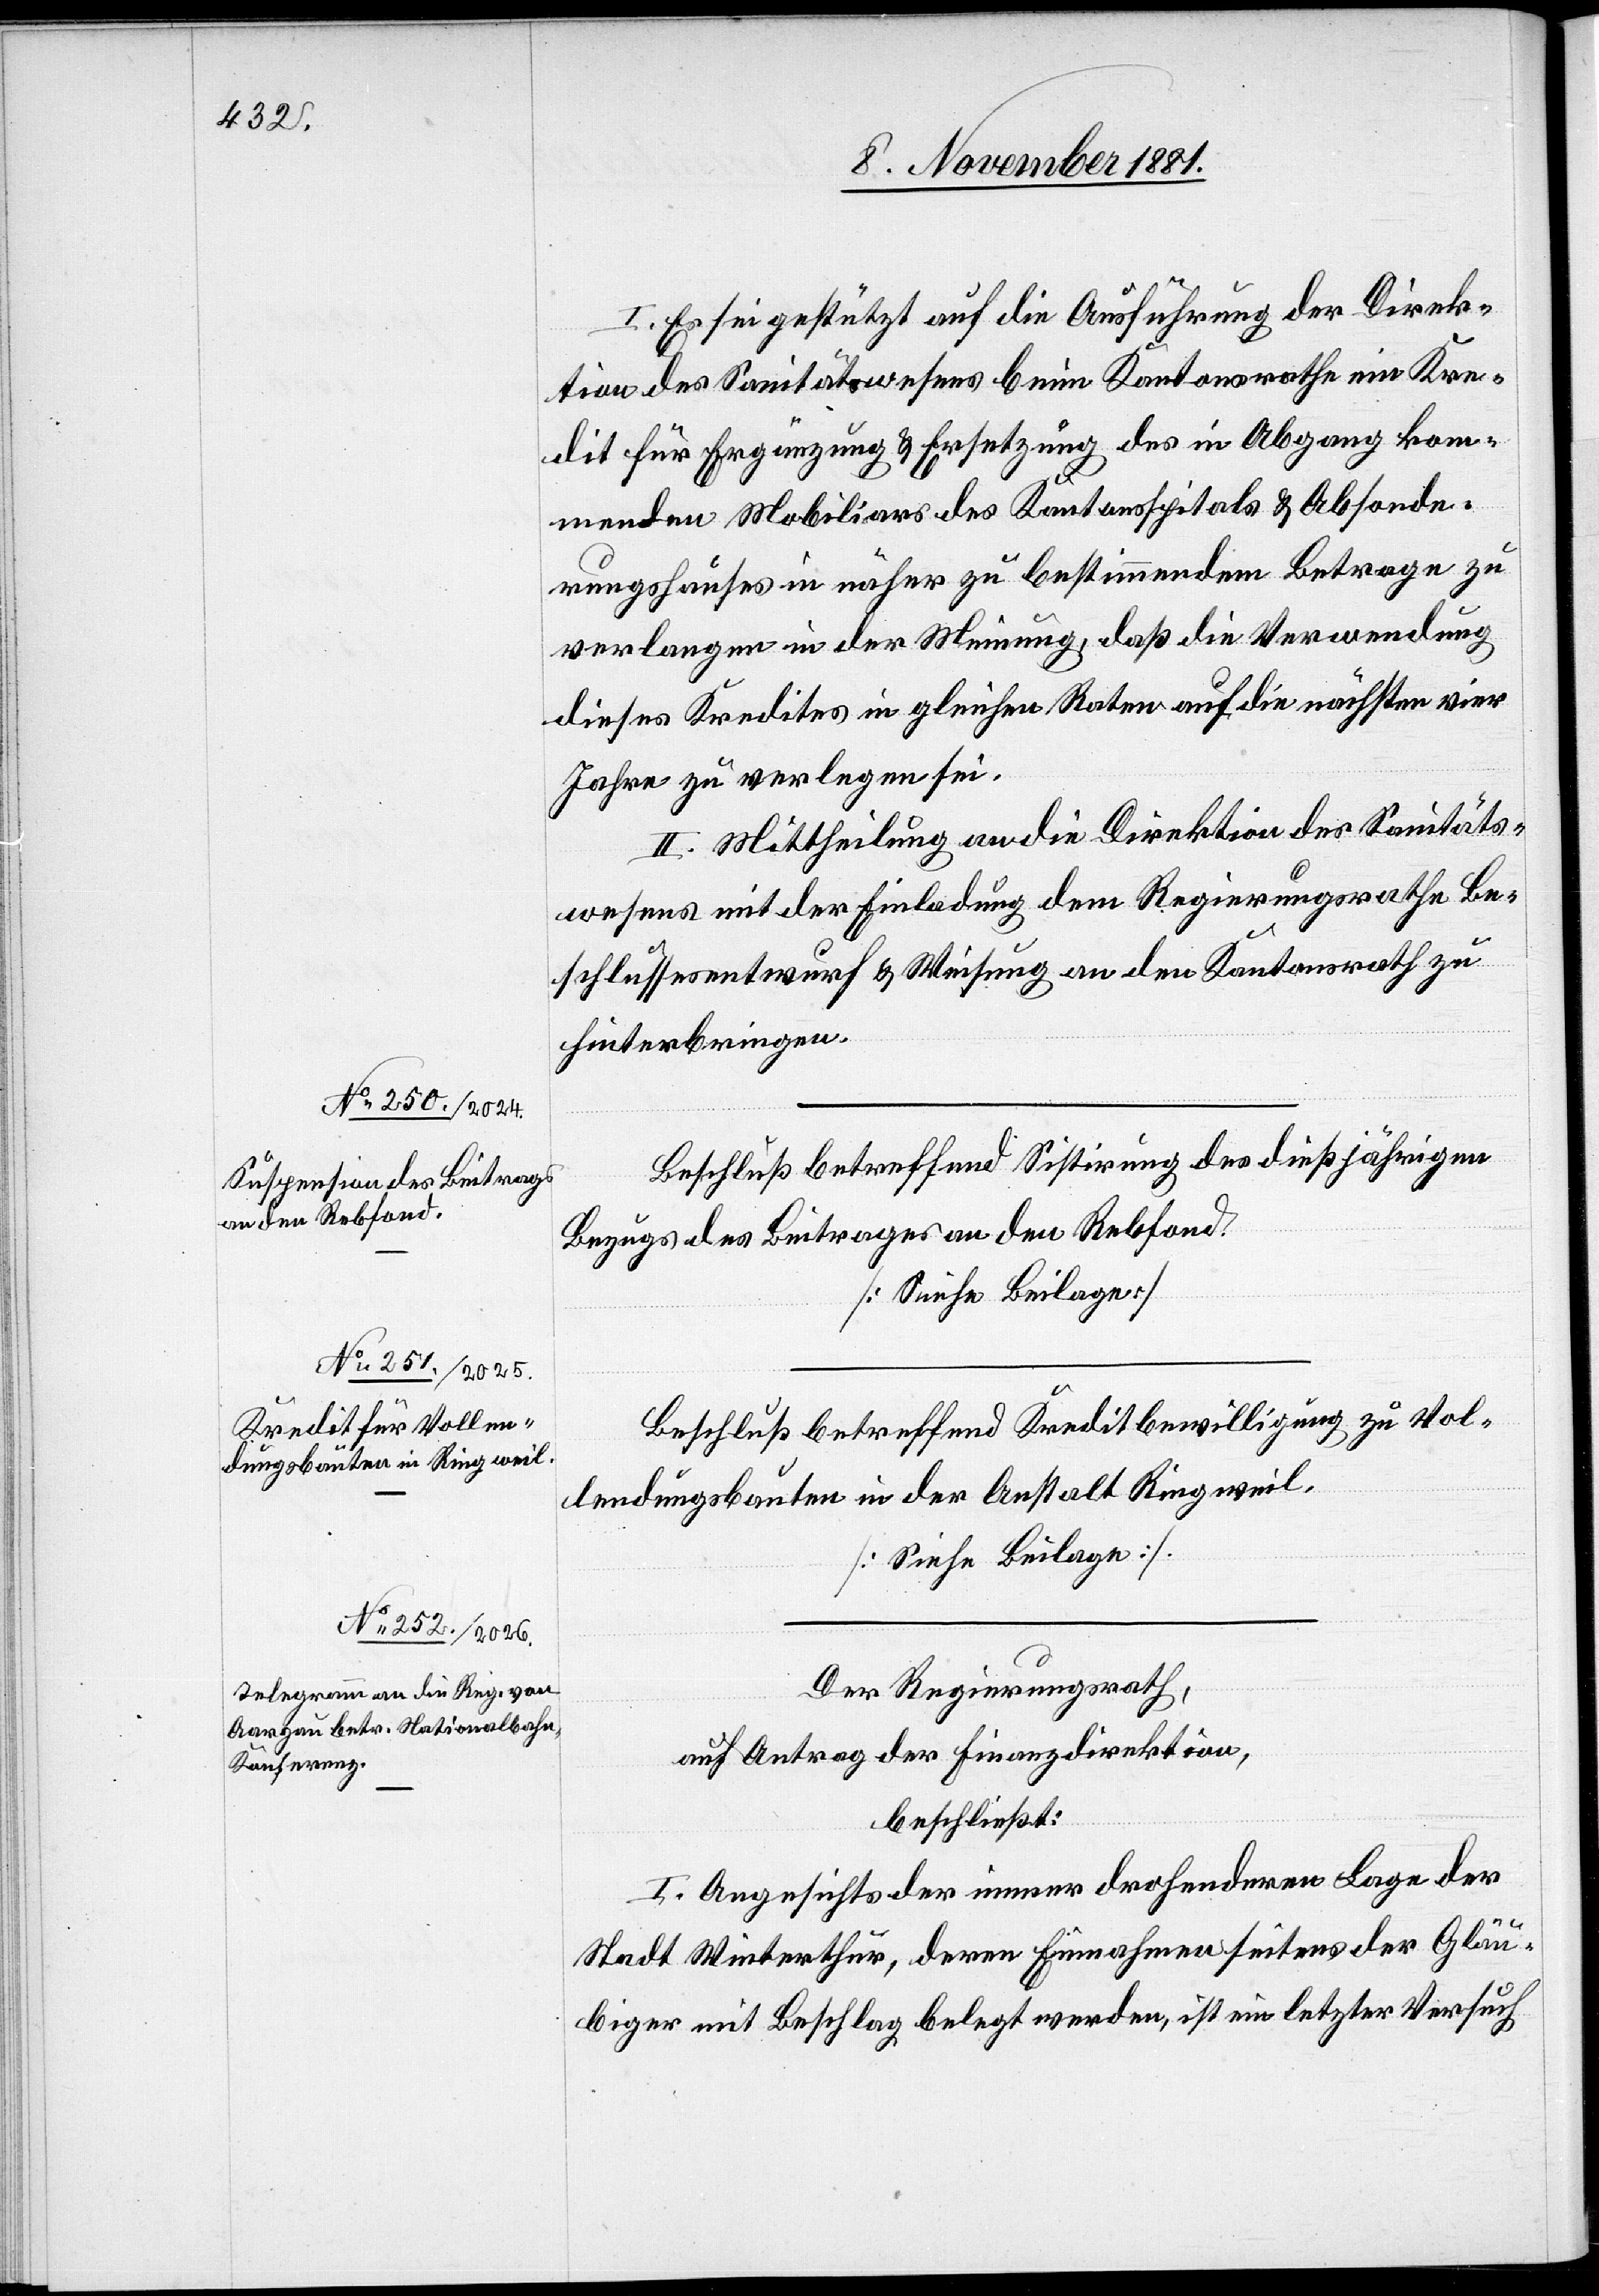
I. Es sei gestützt auf die Ausführung der Direk¬
tion des Sanitätswesens beim Kantonsrathe ein Kre¬
dit für Ergänzung & Ersetzung des in Abgang kom¬
menden Mobiliars des Kantonsspitals & Absonde¬
rungshauses in näher zu bestimmendem Betrage zu
verlangen in der Meinung, daß die Verwendung
dieses Kredites in gleichen Raten auf die nächsten vier
Jahre zu verlegen sei.
II. Mittheilung an die Direktion des Sanitäts¬
wesens mit der Einladung dem Regierungsrathe Be¬
schlussentwurf & Weisung an den Kantonsrath zu
hinterbringen.
Beschluß betreffend Sistirung des dießjährigen
Bezugs des Beitrages an den Rebfond.
[Siehe Beilage]
Beschluß betreffend Kreditbewilligung zu Vol¬
lendungsbauten in der Anstalt Ringweil.
[Siehe Beilage].
Der Regierungsrath,
auf Antrag der Finanzdirektion,
beschließt:
I. Angesichts der immer drohenderen Lage der
Stadt Winterthur, deren Einnahmen seitens der Gläu¬
biger mit Beschlag belegt werden, ist ein letzter Versuch